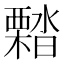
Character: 𣝭